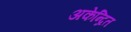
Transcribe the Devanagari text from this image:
अकेन्द्रित